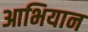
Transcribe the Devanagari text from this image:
आभियान